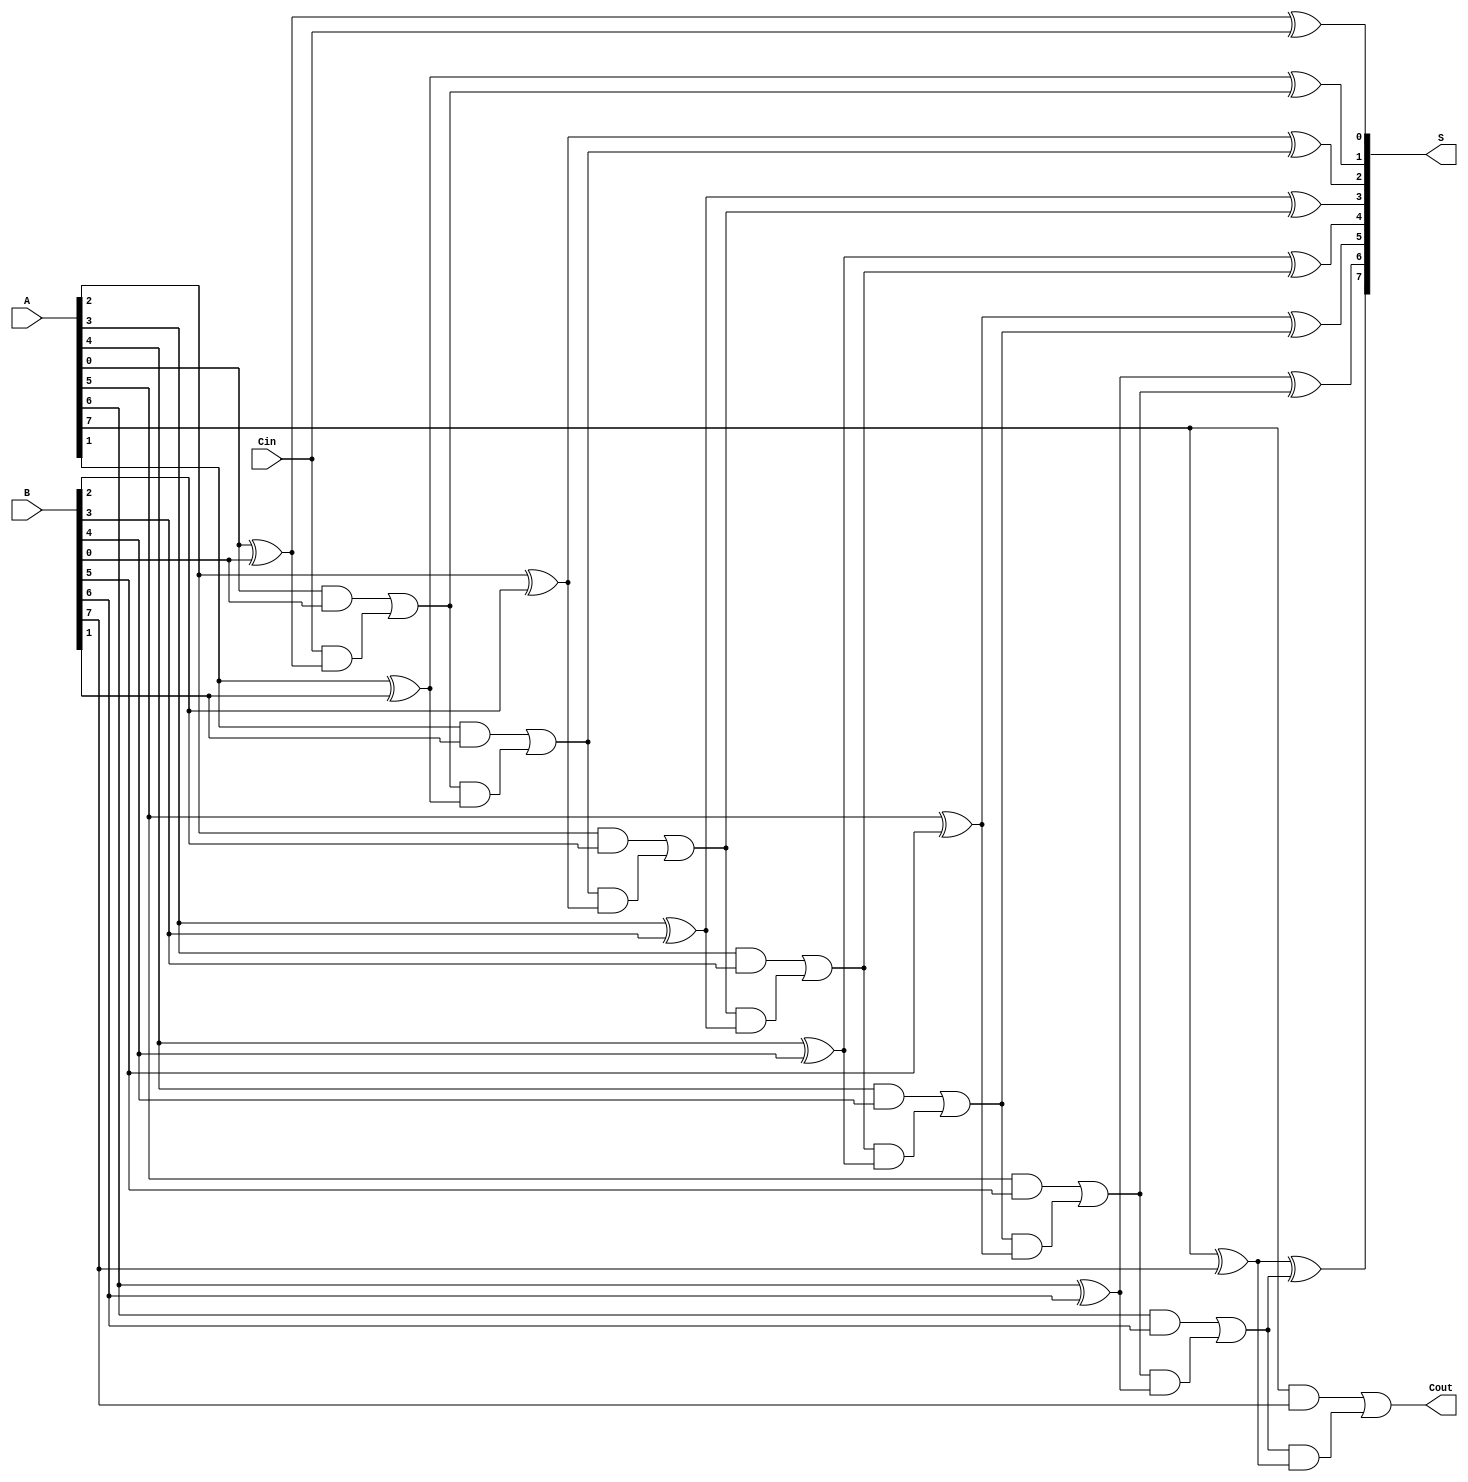
module ManchesterCarryChainAdder #(parameter N = 8) (
    input  wire [N-1:0] A,      // First n-bit input
    input  wire [N-1:0] B,      // Second n-bit input
    input  wire Cin,             // Carry-in signal
    output wire [N-1:0] S,       // n-bit sum output
    output wire Cout             // Carry-out signal
);

    wire [N:0] C; // Carry signals, C[N] is the final carry-out

    // Initial carry-in
    assign C[0] = Cin;

    // Generate sum and carry signals for each bit
    genvar i;
    generate
        for (i = 0; i < N; i = i + 1) begin : adder
            // Sum calculation: S[i] = A[i] XOR B[i] XOR C[i]
            assign S[i] = A[i] ^ B[i] ^ C[i];

            // Carry calculation: C[i+1] = (A[i] AND B[i]) OR (C[i] AND (A[i] XOR B[i]))
            assign C[i+1] = (A[i] & B[i]) | (C[i] & (A[i] ^ B[i]));
        end
    endgenerate

    // Final carry-out
    assign Cout = C[N];

endmodule